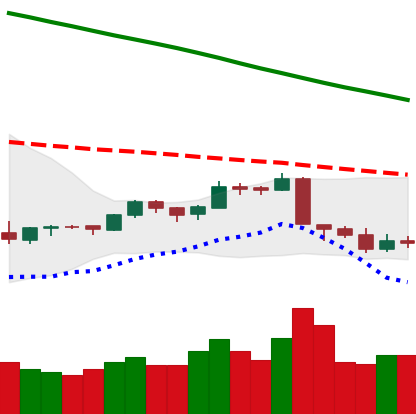
Ticker: LTC-USD
Chart end date: 2018-09-10
Forward return: 3.878%
Label: up_3_5